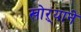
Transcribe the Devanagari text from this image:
खोऱ्याने